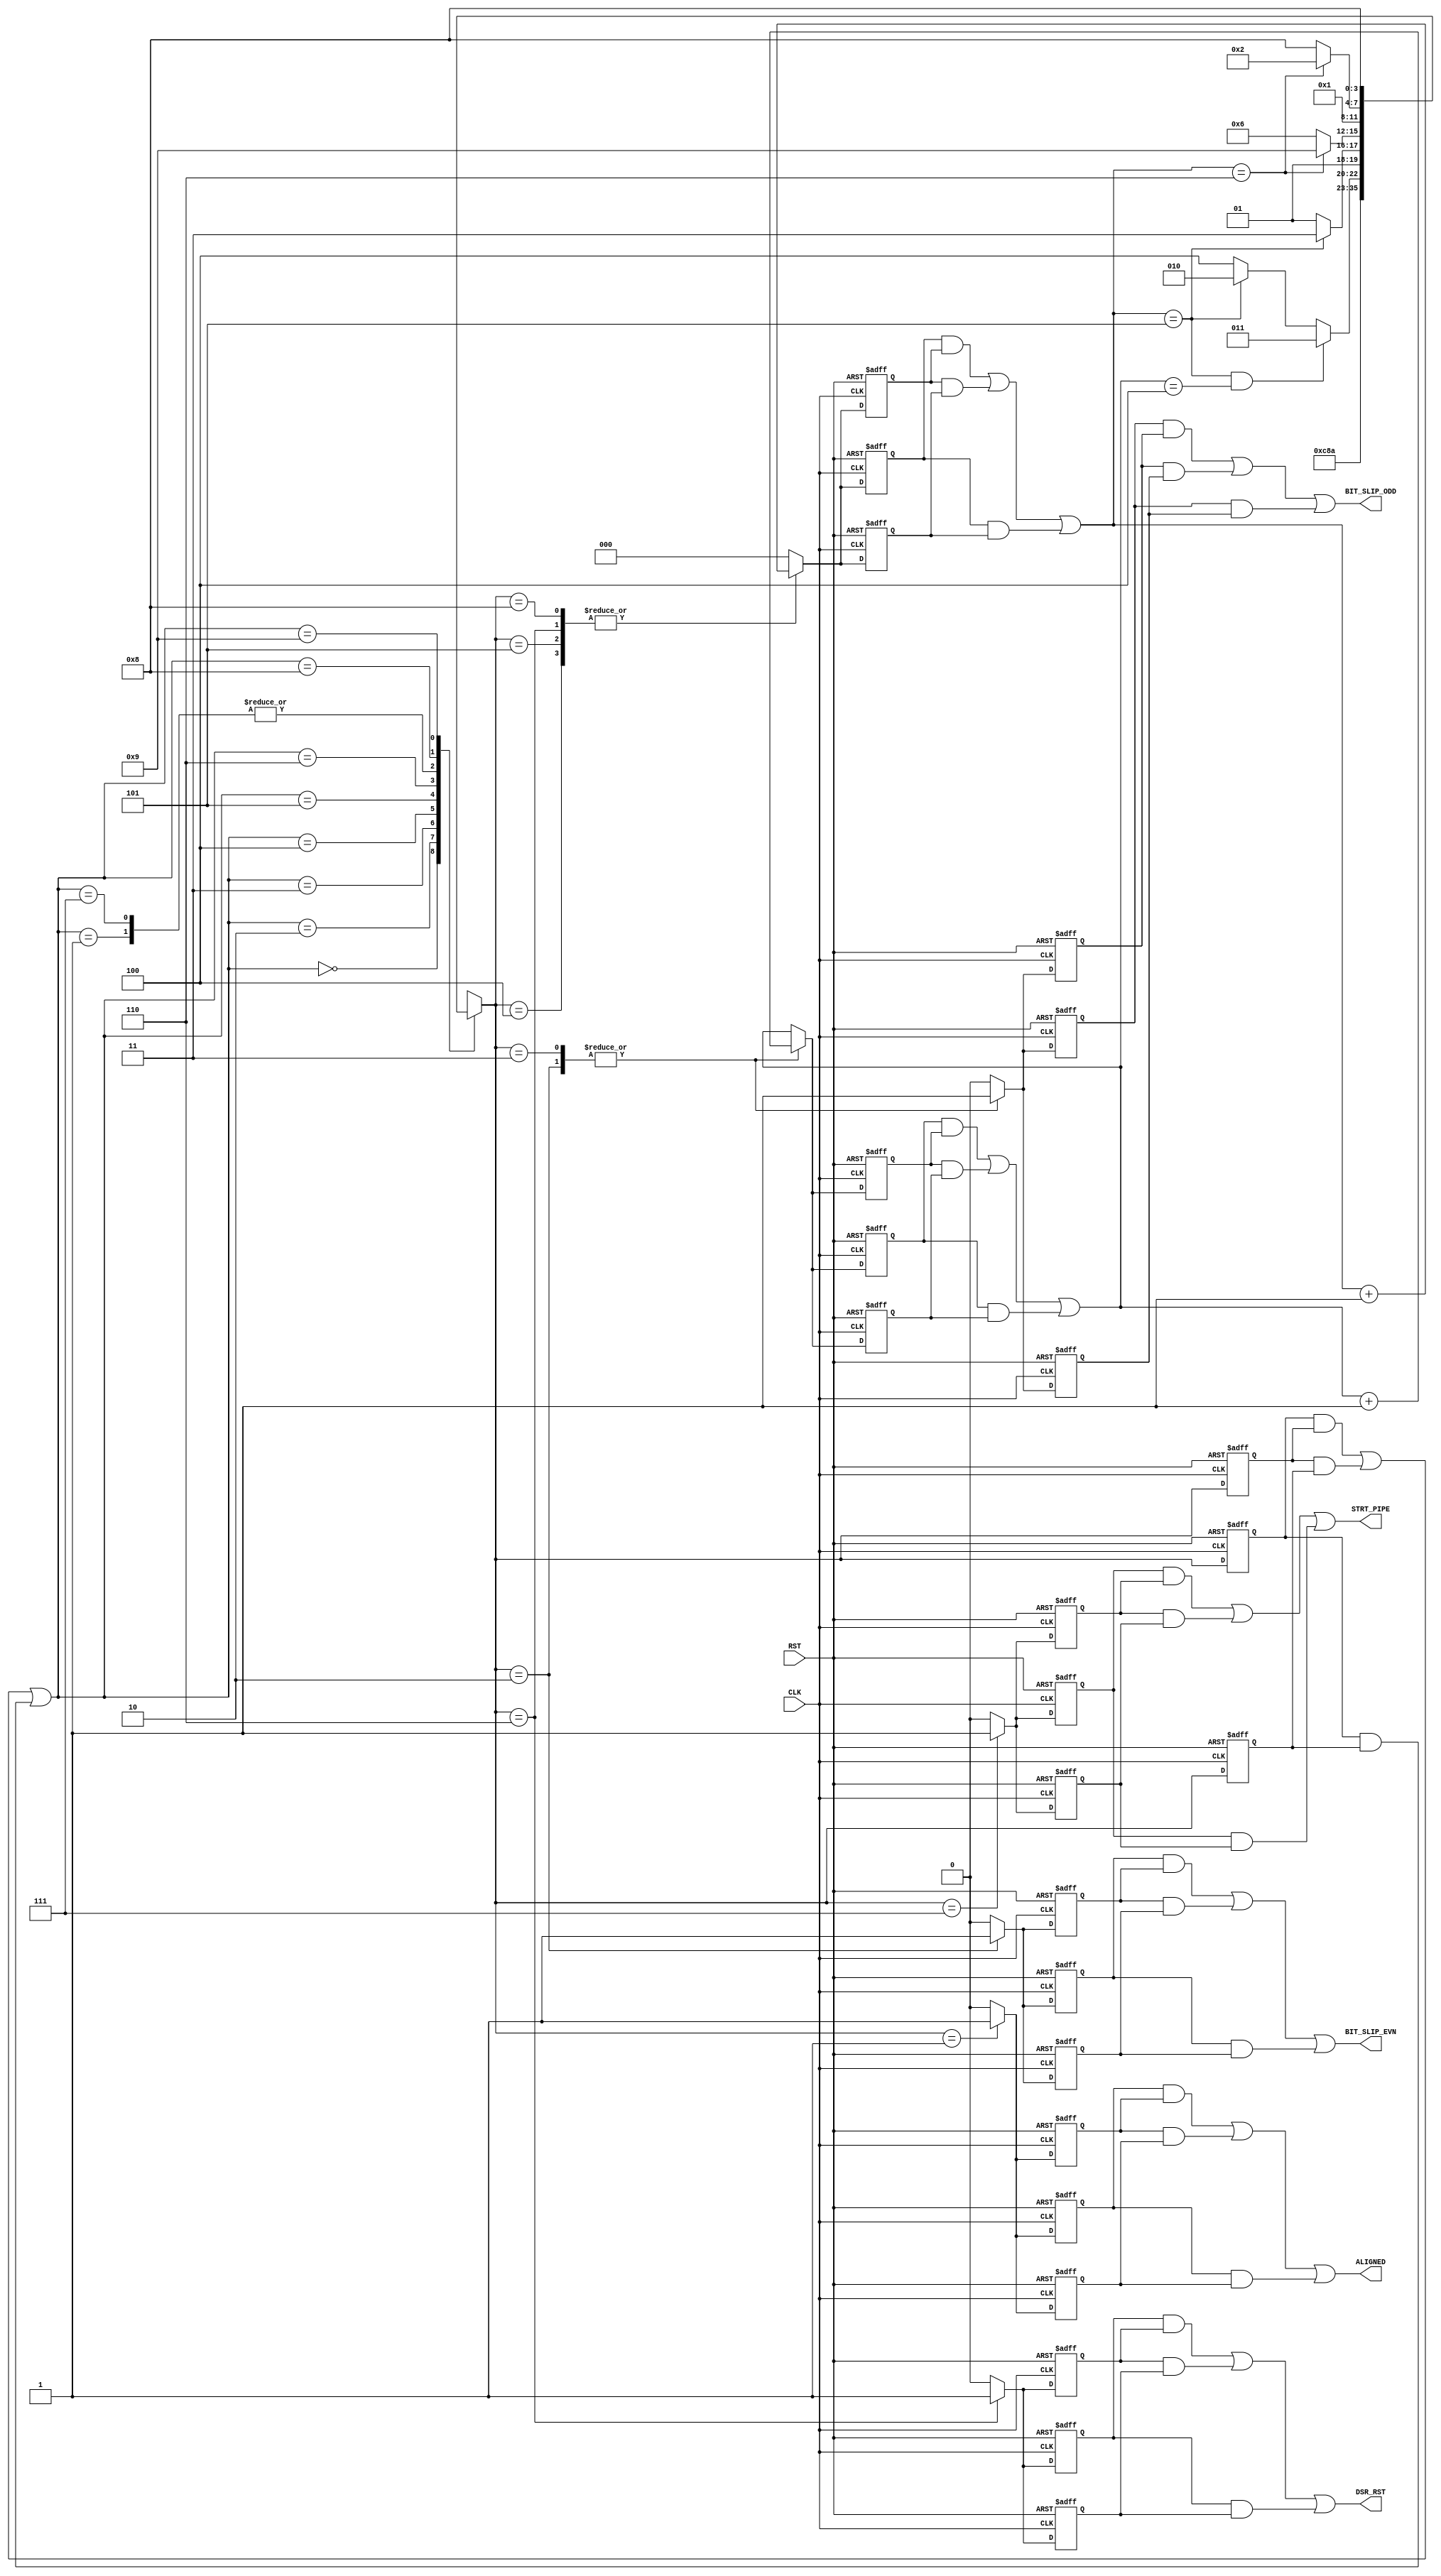

// Created by fizzim_tmr.pl version $Revision: 4.44 on 2014:08:26 at 12:04:11 (www.fizzim.com)

module DSR_align_FSM_TMR (
  output ALIGNED,
  output BIT_SLIP_EVN,
  output BIT_SLIP_ODD,
  output DSR_RST,
  output STRT_PIPE,
  input CLK,
  input RST 
);

  // state bits
  parameter 
  Start       = 4'b0000, 
  Aligned     = 4'b0001, 
  BS_even_odd = 4'b0010, 
  BS_odd      = 4'b0011, 
  BSlip_Wait  = 4'b0100, 
  BSodd_Wait  = 4'b0101, 
  DSR_rst     = 4'b0110, 
  ReStartPipe = 4'b0111, 
  Wait1       = 4'b1000, 
  Wrst        = 4'b1001; 

  (* syn_preserve = "true" *) reg [3:0] state_1;
  (* syn_preserve = "true" *) reg [3:0] state_2;
  (* syn_preserve = "true" *) reg [3:0] state_3;

  (* syn_keep = "true" *) wire [3:0] voted_state_1;
  (* syn_keep = "true" *) wire [3:0] voted_state_2;
  (* syn_keep = "true" *) wire [3:0] voted_state_3;

  assign voted_state_1        = (state_1        & state_2       ) | (state_2        & state_3       ) | (state_1        & state_3       ); // Majority logic
  assign voted_state_2        = (state_1        & state_2       ) | (state_2        & state_3       ) | (state_1        & state_3       ); // Majority logic
  assign voted_state_3        = (state_1        & state_2       ) | (state_2        & state_3       ) | (state_1        & state_3       ); // Majority logic

  (* syn_keep = "true" *) reg [3:0] nextstate_1;
  (* syn_keep = "true" *) reg [3:0] nextstate_2;
  (* syn_keep = "true" *) reg [3:0] nextstate_3;

  (* syn_preserve = "true" *)  reg ALIGNED_1;
  (* syn_preserve = "true" *)  reg ALIGNED_2;
  (* syn_preserve = "true" *)  reg ALIGNED_3;
  (* syn_preserve = "true" *)  reg BIT_SLIP_EVN_1;
  (* syn_preserve = "true" *)  reg BIT_SLIP_EVN_2;
  (* syn_preserve = "true" *)  reg BIT_SLIP_EVN_3;
  (* syn_preserve = "true" *)  reg BIT_SLIP_ODD_1;
  (* syn_preserve = "true" *)  reg BIT_SLIP_ODD_2;
  (* syn_preserve = "true" *)  reg BIT_SLIP_ODD_3;
  (* syn_preserve = "true" *)  reg DSR_RST_1;
  (* syn_preserve = "true" *)  reg DSR_RST_2;
  (* syn_preserve = "true" *)  reg DSR_RST_3;
  (* syn_preserve = "true" *)  reg STRT_PIPE_1;
  (* syn_preserve = "true" *)  reg STRT_PIPE_2;
  (* syn_preserve = "true" *)  reg STRT_PIPE_3;
  (* syn_preserve = "true" *)  reg [3:0] slip_cnt_1;
  (* syn_preserve = "true" *)  reg [3:0] slip_cnt_2;
  (* syn_preserve = "true" *)  reg [3:0] slip_cnt_3;
  (* syn_keep = "true" *)      wire [3:0] voted_slip_cnt_1;
  (* syn_keep = "true" *)      wire [3:0] voted_slip_cnt_2;
  (* syn_keep = "true" *)      wire [3:0] voted_slip_cnt_3;
  (* syn_preserve = "true" *)  reg [2:0] wcnt_1;
  (* syn_preserve = "true" *)  reg [2:0] wcnt_2;
  (* syn_preserve = "true" *)  reg [2:0] wcnt_3;
  (* syn_keep = "true" *)      wire [2:0] voted_wcnt_1;
  (* syn_keep = "true" *)      wire [2:0] voted_wcnt_2;
  (* syn_keep = "true" *)      wire [2:0] voted_wcnt_3;

  // Assignment of outputs and flags to voted majority logic of replicated registers
  assign ALIGNED      = (ALIGNED_1      & ALIGNED_2     ) | (ALIGNED_2      & ALIGNED_3     ) | (ALIGNED_1      & ALIGNED_3     ); // Majority logic
  assign BIT_SLIP_EVN = (BIT_SLIP_EVN_1 & BIT_SLIP_EVN_2) | (BIT_SLIP_EVN_2 & BIT_SLIP_EVN_3) | (BIT_SLIP_EVN_1 & BIT_SLIP_EVN_3); // Majority logic
  assign BIT_SLIP_ODD = (BIT_SLIP_ODD_1 & BIT_SLIP_ODD_2) | (BIT_SLIP_ODD_2 & BIT_SLIP_ODD_3) | (BIT_SLIP_ODD_1 & BIT_SLIP_ODD_3); // Majority logic
  assign DSR_RST      = (DSR_RST_1      & DSR_RST_2     ) | (DSR_RST_2      & DSR_RST_3     ) | (DSR_RST_1      & DSR_RST_3     ); // Majority logic
  assign STRT_PIPE    = (STRT_PIPE_1    & STRT_PIPE_2   ) | (STRT_PIPE_2    & STRT_PIPE_3   ) | (STRT_PIPE_1    & STRT_PIPE_3   ); // Majority logic
  assign voted_slip_cnt_1     = (slip_cnt_1     & slip_cnt_2    ) | (slip_cnt_2     & slip_cnt_3    ) | (slip_cnt_1     & slip_cnt_3    ); // Majority logic
  assign voted_slip_cnt_2     = (slip_cnt_1     & slip_cnt_2    ) | (slip_cnt_2     & slip_cnt_3    ) | (slip_cnt_1     & slip_cnt_3    ); // Majority logic
  assign voted_slip_cnt_3     = (slip_cnt_1     & slip_cnt_2    ) | (slip_cnt_2     & slip_cnt_3    ) | (slip_cnt_1     & slip_cnt_3    ); // Majority logic
  assign voted_wcnt_1         = (wcnt_1         & wcnt_2        ) | (wcnt_2         & wcnt_3        ) | (wcnt_1         & wcnt_3        ); // Majority logic
  assign voted_wcnt_2         = (wcnt_1         & wcnt_2        ) | (wcnt_2         & wcnt_3        ) | (wcnt_1         & wcnt_3        ); // Majority logic
  assign voted_wcnt_3         = (wcnt_1         & wcnt_2        ) | (wcnt_2         & wcnt_3        ) | (wcnt_1         & wcnt_3        ); // Majority logic

  // Assignment of error detection logic to replicated signals

  // comb always block
  always @* begin
    nextstate_1 = 4'bxxxx; // default to x because default_state_is_x is set
    nextstate_2 = 4'bxxxx; // default to x because default_state_is_x is set
    nextstate_3 = 4'bxxxx; // default to x because default_state_is_x is set
    case (voted_state_1)
      Start      :                                                           nextstate_1 = DSR_rst;
      Aligned    :                                                           nextstate_1 = Aligned;
      BS_even_odd:                                                           nextstate_1 = BSlip_Wait;
      BS_odd     :                                                           nextstate_1 = BSodd_Wait;
      BSlip_Wait : if      ((voted_wcnt_1 == 5) && (voted_slip_cnt_1 == 4))  nextstate_1 = BS_odd;
                   else if (voted_wcnt_1 == 5)                               nextstate_1 = BS_even_odd;
                   else                                                      nextstate_1 = BSlip_Wait;
      BSodd_Wait : if      (voted_wcnt_1 == 5)                               nextstate_1 = ReStartPipe;
                   else                                                      nextstate_1 = BSodd_Wait;
      DSR_rst    : if      (voted_wcnt_1 == 6)                               nextstate_1 = Wrst;
                   else                                                      nextstate_1 = DSR_rst;
      ReStartPipe:                                                           nextstate_1 = Aligned;
      Wait1      : if      (voted_wcnt_1 == 6)                               nextstate_1 = BS_even_odd;
                   else                                                      nextstate_1 = Wait1;
      Wrst       :                                                           nextstate_1 = Wait1;
    endcase
    case (voted_state_2)
      Start      :                                                           nextstate_2 = DSR_rst;
      Aligned    :                                                           nextstate_2 = Aligned;
      BS_even_odd:                                                           nextstate_2 = BSlip_Wait;
      BS_odd     :                                                           nextstate_2 = BSodd_Wait;
      BSlip_Wait : if      ((voted_wcnt_2 == 5) && (voted_slip_cnt_2 == 4))  nextstate_2 = BS_odd;
                   else if (voted_wcnt_2 == 5)                               nextstate_2 = BS_even_odd;
                   else                                                      nextstate_2 = BSlip_Wait;
      BSodd_Wait : if      (voted_wcnt_2 == 5)                               nextstate_2 = ReStartPipe;
                   else                                                      nextstate_2 = BSodd_Wait;
      DSR_rst    : if      (voted_wcnt_2 == 6)                               nextstate_2 = Wrst;
                   else                                                      nextstate_2 = DSR_rst;
      ReStartPipe:                                                           nextstate_2 = Aligned;
      Wait1      : if      (voted_wcnt_2 == 6)                               nextstate_2 = BS_even_odd;
                   else                                                      nextstate_2 = Wait1;
      Wrst       :                                                           nextstate_2 = Wait1;
    endcase
    case (voted_state_3)
      Start      :                                                           nextstate_3 = DSR_rst;
      Aligned    :                                                           nextstate_3 = Aligned;
      BS_even_odd:                                                           nextstate_3 = BSlip_Wait;
      BS_odd     :                                                           nextstate_3 = BSodd_Wait;
      BSlip_Wait : if      ((voted_wcnt_3 == 5) && (voted_slip_cnt_3 == 4))  nextstate_3 = BS_odd;
                   else if (voted_wcnt_3 == 5)                               nextstate_3 = BS_even_odd;
                   else                                                      nextstate_3 = BSlip_Wait;
      BSodd_Wait : if      (voted_wcnt_3 == 5)                               nextstate_3 = ReStartPipe;
                   else                                                      nextstate_3 = BSodd_Wait;
      DSR_rst    : if      (voted_wcnt_3 == 6)                               nextstate_3 = Wrst;
                   else                                                      nextstate_3 = DSR_rst;
      ReStartPipe:                                                           nextstate_3 = Aligned;
      Wait1      : if      (voted_wcnt_3 == 6)                               nextstate_3 = BS_even_odd;
                   else                                                      nextstate_3 = Wait1;
      Wrst       :                                                           nextstate_3 = Wait1;
    endcase
  end

  // Assign reg'd outputs to state bits

  // sequential always block
  always @(posedge CLK or posedge RST) begin
    if (RST) begin
      state_1 <= Start;
      state_2 <= Start;
      state_3 <= Start;
    end
    else begin
      state_1 <= nextstate_1;
      state_2 <= nextstate_2;
      state_3 <= nextstate_3;
    end
  end

  // datapath sequential always block
  always @(posedge CLK or posedge RST) begin
    if (RST) begin
      ALIGNED_1 <= 0;
      ALIGNED_2 <= 0;
      ALIGNED_3 <= 0;
      BIT_SLIP_EVN_1 <= 0;
      BIT_SLIP_EVN_2 <= 0;
      BIT_SLIP_EVN_3 <= 0;
      BIT_SLIP_ODD_1 <= 0;
      BIT_SLIP_ODD_2 <= 0;
      BIT_SLIP_ODD_3 <= 0;
      DSR_RST_1 <= 0;
      DSR_RST_2 <= 0;
      DSR_RST_3 <= 0;
      STRT_PIPE_1 <= 0;
      STRT_PIPE_2 <= 0;
      STRT_PIPE_3 <= 0;
      slip_cnt_1 <= 4'h0;
      slip_cnt_2 <= 4'h0;
      slip_cnt_3 <= 4'h0;
      wcnt_1 <= 3'b000;
      wcnt_2 <= 3'b000;
      wcnt_3 <= 3'b000;
    end
    else begin
      ALIGNED_1 <= 0; // default
      ALIGNED_2 <= 0; // default
      ALIGNED_3 <= 0; // default
      BIT_SLIP_EVN_1 <= 0; // default
      BIT_SLIP_EVN_2 <= 0; // default
      BIT_SLIP_EVN_3 <= 0; // default
      BIT_SLIP_ODD_1 <= 0; // default
      BIT_SLIP_ODD_2 <= 0; // default
      BIT_SLIP_ODD_3 <= 0; // default
      DSR_RST_1 <= 0; // default
      DSR_RST_2 <= 0; // default
      DSR_RST_3 <= 0; // default
      STRT_PIPE_1 <= 0; // default
      STRT_PIPE_2 <= 0; // default
      STRT_PIPE_3 <= 0; // default
      slip_cnt_1 <= voted_slip_cnt_1; // default
      slip_cnt_2 <= voted_slip_cnt_2; // default
      slip_cnt_3 <= voted_slip_cnt_3; // default
      wcnt_1 <= 3'b000; // default
      wcnt_2 <= 3'b000; // default
      wcnt_3 <= 3'b000; // default
      case (nextstate_1)
        Aligned    :        ALIGNED_1 <= 1;
        BS_even_odd: begin
                            BIT_SLIP_EVN_1 <= 1;
                            BIT_SLIP_ODD_1 <= 1;
                            slip_cnt_1 <= voted_slip_cnt_1 + 1;
        end
        BS_odd     : begin
                            BIT_SLIP_ODD_1 <= 1;
                            slip_cnt_1 <= voted_slip_cnt_1 + 1;
        end
        BSlip_Wait :        wcnt_1 <= voted_wcnt_1 + 1;
        BSodd_Wait :        wcnt_1 <= voted_wcnt_1 + 1;
        DSR_rst    : begin
                            DSR_RST_1 <= 1;
                            wcnt_1 <= voted_wcnt_1 + 1;
        end
        ReStartPipe:        STRT_PIPE_1 <= 1;
        Wait1      :        wcnt_1 <= voted_wcnt_1 + 1;
      endcase
      case (nextstate_2)
        Aligned    :        ALIGNED_2 <= 1;
        BS_even_odd: begin
                            BIT_SLIP_EVN_2 <= 1;
                            BIT_SLIP_ODD_2 <= 1;
                            slip_cnt_2 <= voted_slip_cnt_2 + 1;
        end
        BS_odd     : begin
                            BIT_SLIP_ODD_2 <= 1;
                            slip_cnt_2 <= voted_slip_cnt_2 + 1;
        end
        BSlip_Wait :        wcnt_2 <= voted_wcnt_2 + 1;
        BSodd_Wait :        wcnt_2 <= voted_wcnt_2 + 1;
        DSR_rst    : begin
                            DSR_RST_2 <= 1;
                            wcnt_2 <= voted_wcnt_2 + 1;
        end
        ReStartPipe:        STRT_PIPE_2 <= 1;
        Wait1      :        wcnt_2 <= voted_wcnt_2 + 1;
      endcase
      case (nextstate_3)
        Aligned    :        ALIGNED_3 <= 1;
        BS_even_odd: begin
                            BIT_SLIP_EVN_3 <= 1;
                            BIT_SLIP_ODD_3 <= 1;
                            slip_cnt_3 <= voted_slip_cnt_3 + 1;
        end
        BS_odd     : begin
                            BIT_SLIP_ODD_3 <= 1;
                            slip_cnt_3 <= voted_slip_cnt_3 + 1;
        end
        BSlip_Wait :        wcnt_3 <= voted_wcnt_3 + 1;
        BSodd_Wait :        wcnt_3 <= voted_wcnt_3 + 1;
        DSR_rst    : begin
                            DSR_RST_3 <= 1;
                            wcnt_3 <= voted_wcnt_3 + 1;
        end
        ReStartPipe:        STRT_PIPE_3 <= 1;
        Wait1      :        wcnt_3 <= voted_wcnt_3 + 1;
      endcase
    end
  end

  // This code allows you to see state names in simulation
  `ifndef SYNTHESIS
  reg [87:0] statename;
  always @* begin
    case (state_1)
      Start      : statename = "Start";
      Aligned    : statename = "Aligned";
      BS_even_odd: statename = "BS_even_odd";
      BS_odd     : statename = "BS_odd";
      BSlip_Wait : statename = "BSlip_Wait";
      BSodd_Wait : statename = "BSodd_Wait";
      DSR_rst    : statename = "DSR_rst";
      ReStartPipe: statename = "ReStartPipe";
      Wait1      : statename = "Wait1";
      Wrst       : statename = "Wrst";
      default    : statename = "XXXXXXXXXXX";
    endcase
  end
  `endif

endmodule